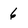
Character: 6